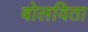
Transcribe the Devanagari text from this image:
बोलविता